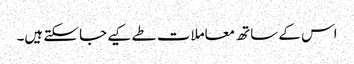
اس کے ساتھ معاملات طے کیے جا سکتے ہیں۔